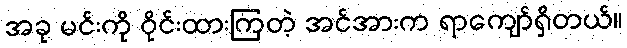
အခု မင်းကို ဝိုင်းထားကြတဲ့ အင်အားက ရာကျော်ရှိတယ်။